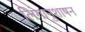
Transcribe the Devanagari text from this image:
लिंगानुशाषन